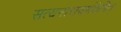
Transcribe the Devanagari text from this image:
सत्यनारायणंकेचित्